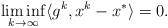
LaTeX: \begin{align*}\liminf_{k \rightarrow \infty} \langle g^k, x^k-x^* \rangle = 0.\end{align*}